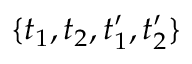
\{ t _ { 1 } , t _ { 2 } , t _ { 1 } ^ { \prime } , t _ { 2 } ^ { \prime } \}